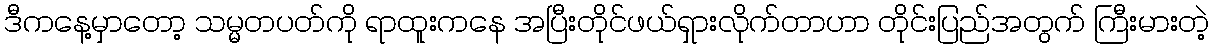
ဒီကနေ့မှာတော့ သမ္မတပတ်ကို ရာထူးကနေ အပြီးတိုင်ဖယ်ရှားလိုက်တာဟာ တိုင်းပြည်အတွက် ကြီးမားတဲ့